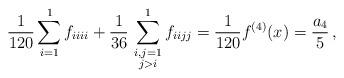
LaTeX: \begin{align*}\frac{1}{120} \sum_{i=1}^1 f_{iiii} + \frac{1}{36}\,\sum_{\substack{i,j=1 \\ j>i}}^1 f_{iijj}= \frac{1}{120} f^{(4)}(x)=\frac{a_4}{5}\,,\end{align*}